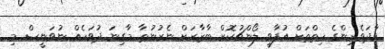
ވާދަވެރިންގެ ހިތްތަށް އުފާވީ ލޯންޗުކޮށް ބާޒާރަށް ނެރުނުތާ މާގިނަ ދުވަހެއް ނުވަނީސް މި